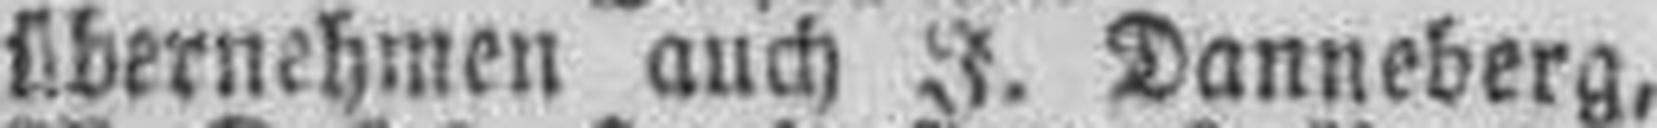
übernehmen auch J. Danneberg,